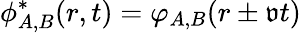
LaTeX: {\phi}_{A,B}^{*}(r,t)=\varphi_{A,B}(r\pm\mathfrak{v}t)